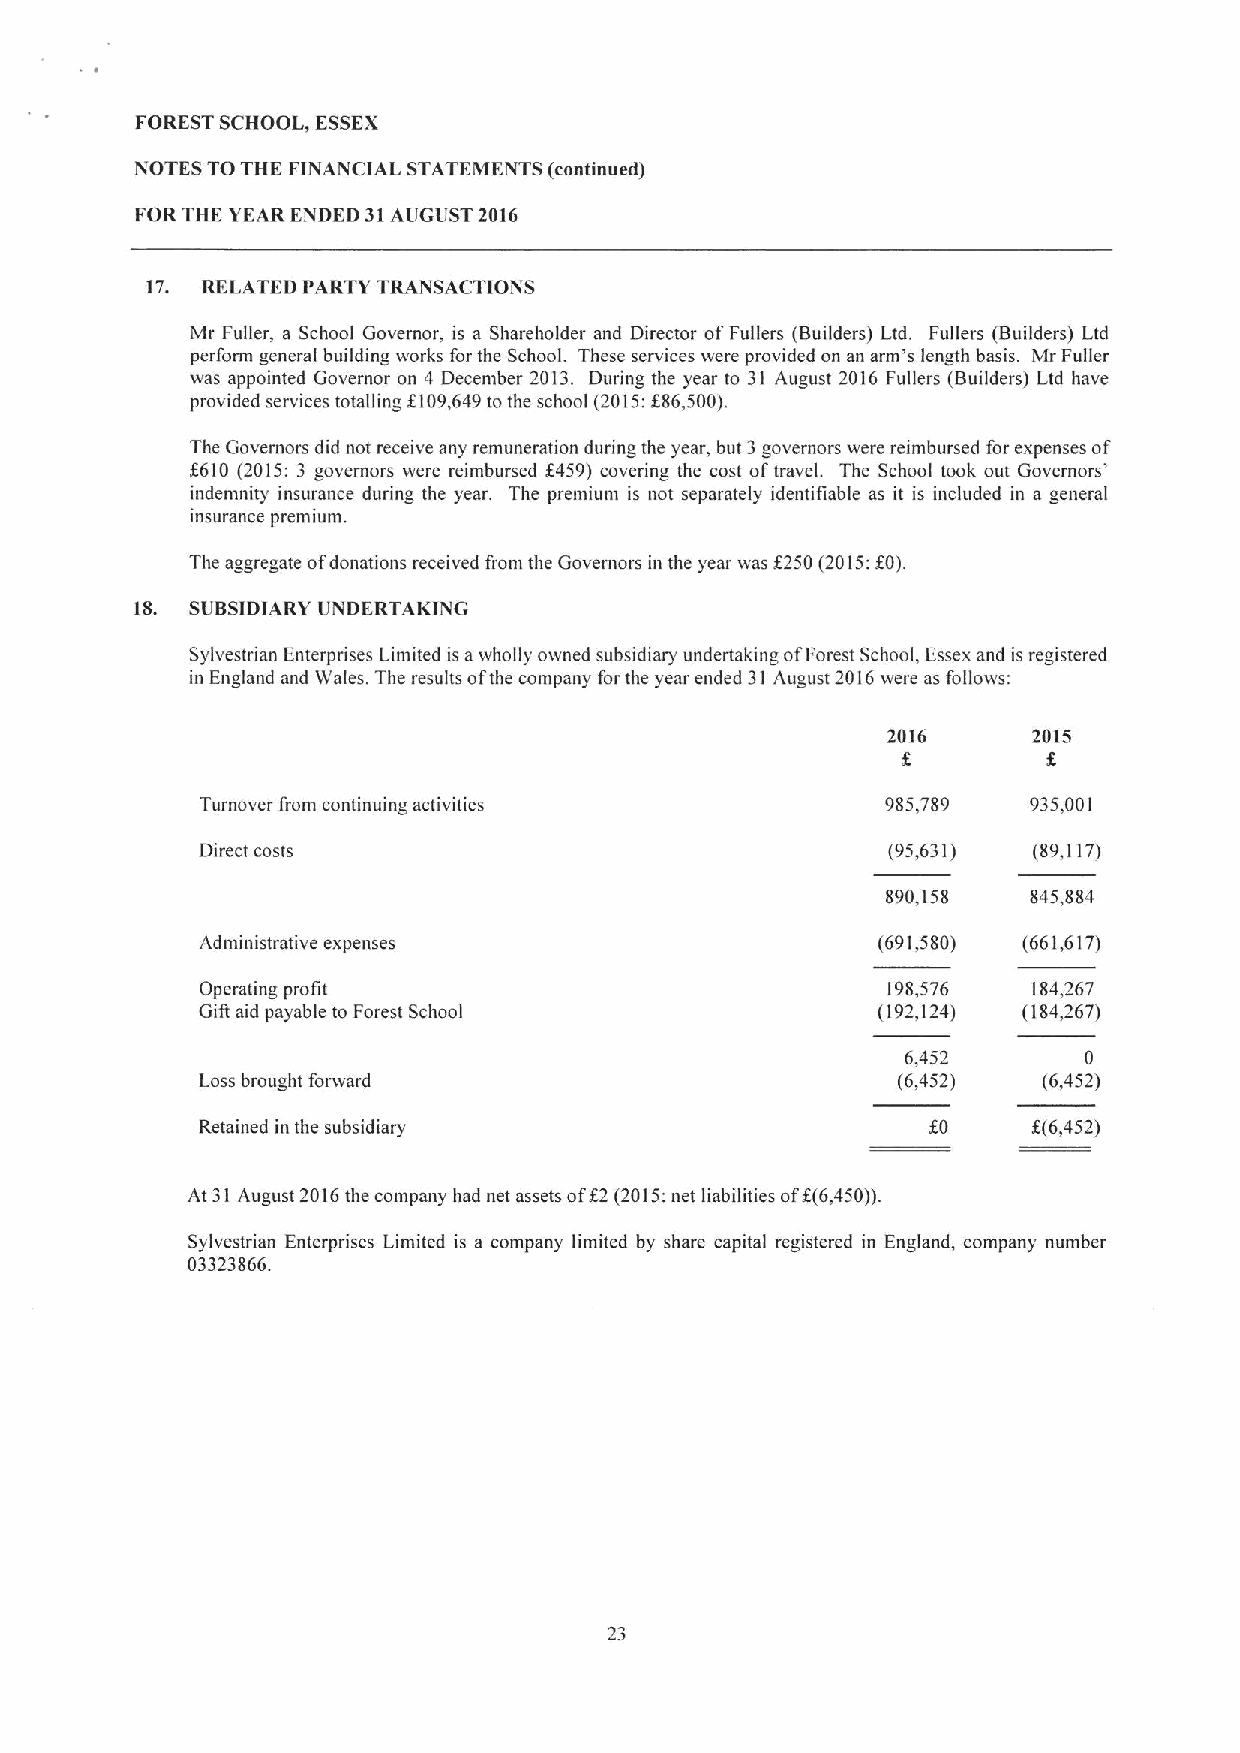
FOREST SCHOOL, ESSEX
 NOTES TOTHE FINANCIAL STATEMENTS (continued)
 FORTHE YEAR ENDED 31AUGUST 2016
 17. RELATED PARTY TRANSACTIONS
 Mr Fuller, a School Governor, is a Shareholder and Director ofFullers (Builders) Ltd. Fullers (Builders) Ltd
 perform general building works for the School. These services were provided on an arm's length basis. Mr Fuller
 was appointed Governor on 4 December 2013. During the year to 31 August 2016 Fullers (Builders) Ltd have
 provided services totalling f109,649tothe school (2015:686,500).
 The Governors did not receive any remuneration during the year, but 3 governors were reimbursed for expenses of
 6610 (2015; 3 governors were reimbursed 8459) covering the cost oftravel. The School took out Governors'
 indemnity insurance during the year. The premium is not separately identifiable as it is included in a general
 insurance premium.
 The aggregate ofdonations received from the Governors in the year was g250 (2015:60).
 18. SUBSIDIARY UNDERTAKING
 Sylvestrian Enterprises Limited is awholly owned subsidiary undertaking ofForest School, Essex and is registered
 in England and Wales. The results ofthe company forthe year ended 31 August 2016were as follows;
 2016     2015
 Turnover from continuing activities           985,789  935,001
 Direct costs                                  (95,631) (89,117)
 890,158  845,884
 Administrative expenses                      (691,580) (661,617)
 Operating profit                              198,576  184,267
 Gilt aid payable to Forest School            (192,124) (184,267)
 6,452       0
 Loss brought forward                          (6,452)   (6,452)
 Retained in the subsidiary                       f0    f(6,452)
 At 31 August 2016the company had net assets off 2 (2015;net liabilities of6(6,450)).
 Sylvestrian Enterprises Limited is a company limited by share capital registered in England, company number
 03323866.
 23